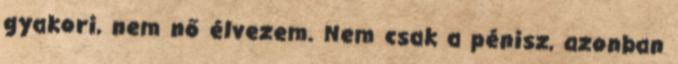
gyakori, nem nő élvezem. Nem csak a pénisz, azonban